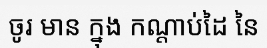
ចូរ មាន ក្នុង កណ្តាប់ដៃ នៃ